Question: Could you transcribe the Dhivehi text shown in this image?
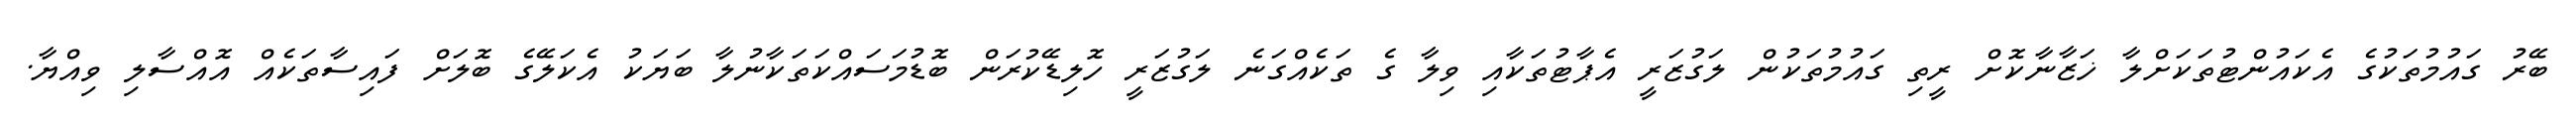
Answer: ބޭރު ގައުމުތަކުގެ އެކައުންޓުތަކަށްލާ ޚަޒާނާކޮށް ރީތި ގައުމުތަކުން ލަގުޒަރީ އެޕާޓުތަކާއި ވިލާ ގެ ތަކެއްގަނެ ލަގުޒަރީ ހޮލިޑޭކުރަން ބޮޑުމަސައްކަތަކާނުލާ ބަޔަކު އެކަލޭގެ ބޮލަށް ފައިސާތަކެއް އޮއްސާލި ވިއްޔާ.